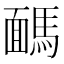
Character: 𩤤